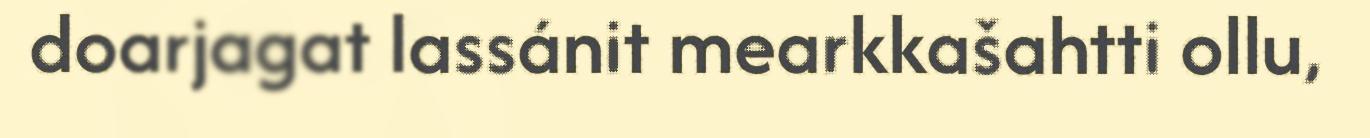
doarjagat lassánit mearkkašahtti ollu,